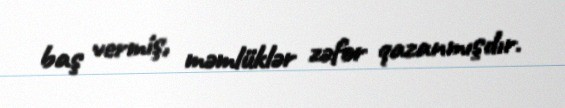
baş vermiş, məmlüklər zəfər qazanmışdır.